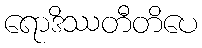
ရောဒိဿတီတိပေ